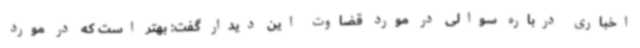
اخباری درباره سوالی در مورد قضاوت این دیدار گفت: بهتر است که در مورد